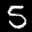
Label: 5